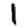
Digit: 1